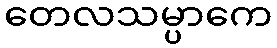
တေလသမ္ပာကေ